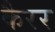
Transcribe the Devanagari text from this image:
कैरर